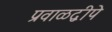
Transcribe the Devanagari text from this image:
प्रवाळद्वीपे